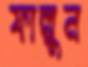
ফাল্পুন